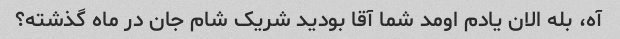
آه، بله الان یادم اومد شما آقا بودید شریک شام جان در ماه گذشته؟